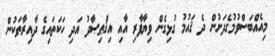
މިއެއްބަސްވުމުގެދަށުން ދެ ޤައުމު ގުޅިގެން ވިޔާފާރި އާއި އިޤްޠިޞާދު އަދި ހަކަތައިގެ ދާއިރާތަކުން